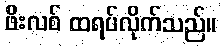
ဖိးလစ် ထရပ်လိုက်သည်။